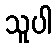
သူပါ